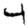
Digit: 4